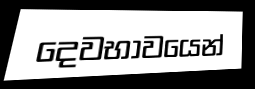
දෙවභාවයෙන්